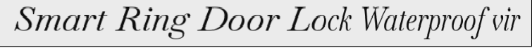
Smart Ring Door Lock Waterproof vir